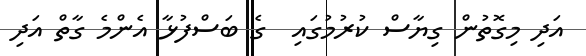
އަދި މިގޮތުން ގިޔާސް ކުރުމުގައި  ގެ ބަސްފުޅާ އެންމެ ގާތް އަދި